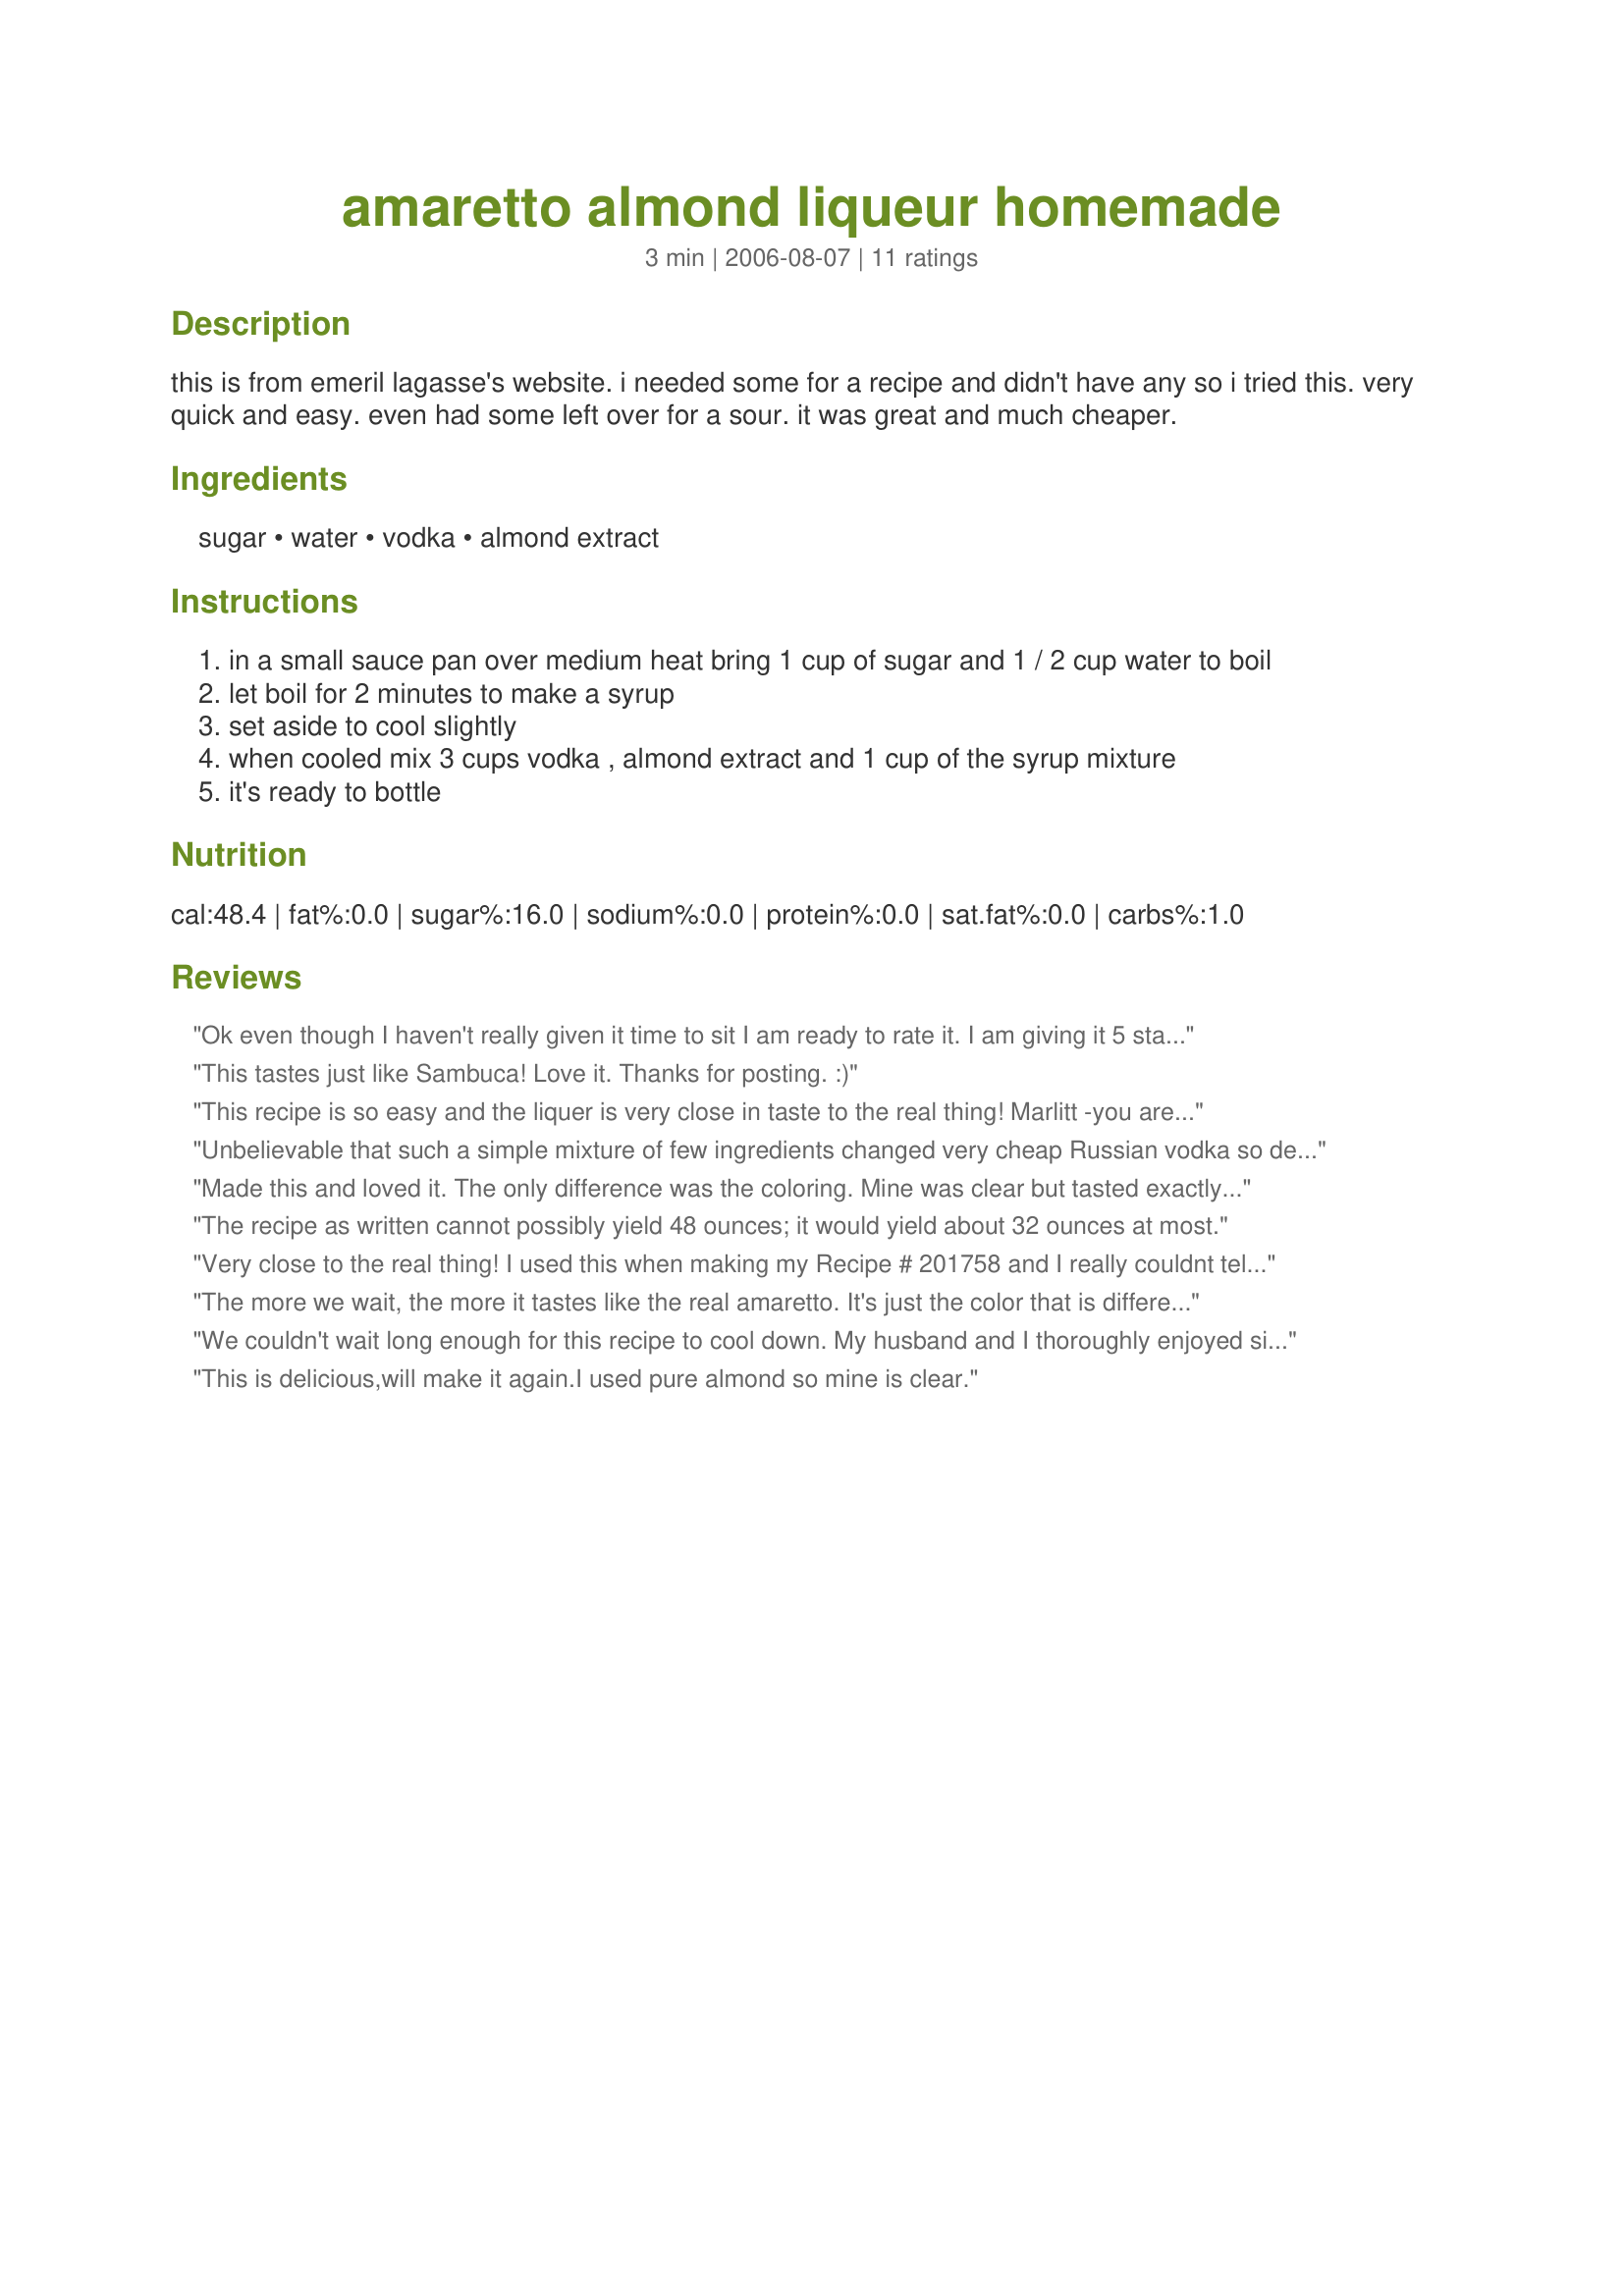
amaretto almond liqueur homemade
Preparation time: 3 minutes

this is from emeril lagasse's website. i needed some for a recipe and didn't have any so i tried this. very quick and easy. even had some left over for a sour. it was great and much cheaper.

Ingredients:
sugar, water, vodka, almond extract

Steps:
in a small sauce pan over medium heat bring 1 cup of sugar and 1 / 2 cup water to boil
let boil for 2 minutes to make a syrup
set aside to cool slightly
when cooled mix 3 cups vodka , almond extract and 1 cup of the syrup mixture
it's ready to bottle

Reviews:
Ok even though I haven't really given it time to sit I am ready to rate it. I am giving it 5 stars because mixed into one of my new favorite drinks (Amaretto Heston) it is absolutely perfect! I took a taste right after mixing it up and it was WAY too strong lol infact the vodka gave me quite the burn going down and I only had a small sip lol. I figured it was my own fault and that if I let it properly sit and mix together longer it would blend better and wouldn't be so strong. My husband said it had pockets of just vodka even though I mixed it well so I think time would fix that. However after I poured it into the bottle I had some left over and decided to see if it would make a difference when mixed into a drink rather than straight and it made ALL the world of difference. So I will try this again after it sits for a while, but even if just used for things like mixed drinks or food dishes it is a very simple and satisfying alternative to buying amaretto. Oh and I added a bit of food coloring to get a brown tint so it would look more authentic and so I would know it wasn't just water or vodka in the bottle.
This tastes just like Sambuca! Love it. Thanks for posting. :)
This recipe is so easy and the liquer is very close in taste to the real thing! Marlitt -you are right about the price...it is so much cheaper to make your own. Thanks for a great recipe
Unbelievable that such a simple mixture of few ingredients changed very cheap Russian vodka so delicious! I really recommend to keep it for 2 months as the flavor bloomed so much that I could barely feel vodka in it. I also recommend to add brown sugar instead of white so it will give original brownish-nut ala almond colour.
Made this and loved it. The only difference was the coloring. Mine was clear but tasted exactly the same. Made for ZWT4.
The recipe as written cannot possibly yield 48 ounces; it would yield about 32 ounces at most.
Very close to the real thing! I used this when making my Recipe # 201758 and I really couldnt tell a difference. The flavor gets better as it sits longer and the money saved is wonderful.
The more we wait, the more it tastes like the real amaretto. It's just the color that is different. It's very easy to do. Thanks Marlitt :) Made for Cookbook tag game
We couldn't wait long enough for this recipe to cool down. My husband and I thoroughly enjoyed sipping this beverage, despite the fact that it was still warm! I haven't had amaretto for a long time and have great memories of it, so this made me appreciate it that much more. I made this for my teammate for ZWT7. Thanks Marlitt! :)
This is delicious,will make it again.I used pure almond so mine is clear.
Delicious and simple and wonderful for mixed drinks such as the "Golden Kiss" which we made and loved, using this liqueur and Elmotoo's Recipe #191380. I believe that when it has some time to mature, it wil be lovely for sipping as well. I'm wondering how it would be if some brown or turbinado sugar were used--a prettier color, perhaps and a hint of caramel flavor?
